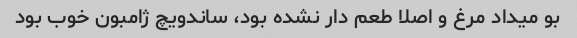
بو میداد مرغ و اصلا طعم دار نشده بود، ساندویچ ژامبون خوب بود